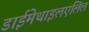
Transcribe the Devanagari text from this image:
डाईमेथाइलएलिल